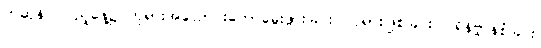
ကဆုန်လပြည့်နေ့၌ ဘုရားအလောင်းတော်မွေးဖွားခြင်း၊ ဘုရားဖြစ်ခြင်း၊ ပရိနိဗ္ဗာန်စံခြင်း၊